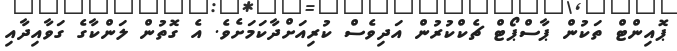
ޕޮއިންޓް ތަކުން ޕާސްޕޯޓް ޗެކްކުރުން އަދިވެސް ކުރިއަށްދާކަމަށެވެ. އެ ގޮތުން ލަންކާގެ ގަވާއިދާއި